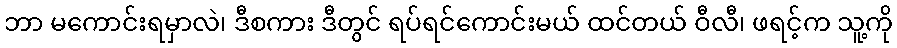
ဘာ မကောင်းရမှာလဲ၊ ဒီစကား ဒီတွင် ရပ်ရင်ကောင်းမယ် ထင်တယ် ဝီလီ၊ ဖရင့်က သူ့ကို